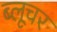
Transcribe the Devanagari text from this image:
ब्लूचर